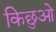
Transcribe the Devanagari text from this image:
किछुओ